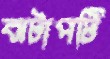
ঝটাপটি